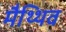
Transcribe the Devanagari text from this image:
मैथ्थिव